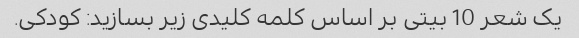
یک شعر 10 بیتی بر اساس کلمه کلیدی زیر بسازید: کودکی.